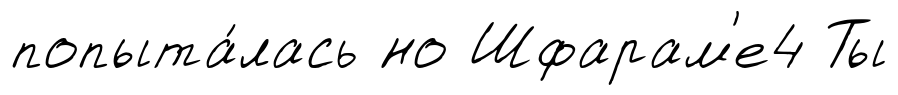
попыта́лась но Шфарам'е4 Ты